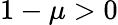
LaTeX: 1-\mu>0